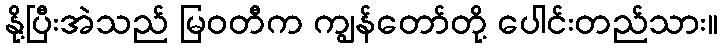
နို့ပြီးအဲသည် မြဝတီက ကျွန်တော်တို့ ပေါင်းတည်သား။